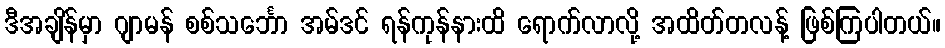
ဒီအချိန်မှာ ဂျာမန် စစ်သင်္ဘော အမ်ဒင် ရန်ကုန်နားထိ ရောက်လာလို့ အထိတ်တလန့် ဖြစ်ကြပါတယ်။